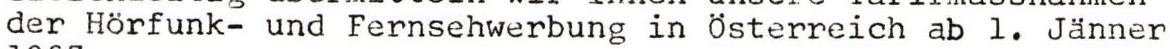
der Hörfunk- und Fernsehwerbung in Österreich ab l. Jänner